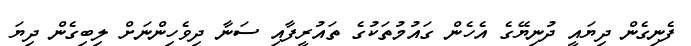
ފެނިގެން ދިޔައީ ދުނިޔޭގެ އެހެން ގައުމުތަކުގެ ތައުރީފާއި ސަނާ ދިވެހިންނަށް ލިބިގެން ދިޔަ